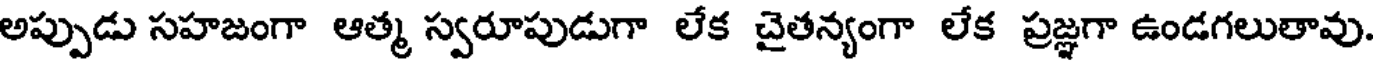
అప్పుడు సహజంగా ఆత్మ స్వరూపుడుగా లేక చైతన్యంగా లేక ప్రజ్ఞగా ఉండగలుతావు.